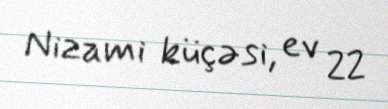
Nizami küçəsi, ev 22